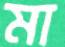
মা